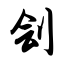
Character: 刽